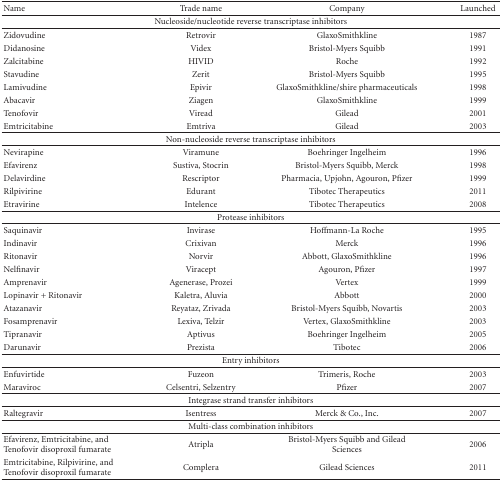
| Name | Trade name | Company | Launched |
 | --- | --- | --- | --- |
 | <COLSPAN=4> Nucleoside/nucleotide reverse transcriptase inhibitors |
 | Zidovudine | Retrovir | GlaxoSmithkline | 1987 |
 | Didanosine | Videx | Bristol-Myers Squibb | 1991 |
 | Zalcitabine | HIVID | Roche | 1992 |
 | Stavudine | Zerit | Bristol-Myers Squibb | 1995 |
 | Lamivudine | Epivir | GlaxoSmithkline/shire pharmaceuticals | 1998 |
 | Abacavir | Ziagen | GlaxoSmithkline | 1999 |
 | Tenofovir | Viread | Gilead | 2001 |
 | Emtricitabine | Emtriva | Gilead | 2003 |
 | <COLSPAN=4> Non-nucleoside reverse transcriptase inhibitors |
 | Nevirapine | Viramune | Boehringer Ingelheim | 1996 |
 | Efavirenz | Sustiva, Stocrin | Bristol-Myers Squibb, Merck | 1998 |
 | Delavirdine | Rescriptor | Pharmacia, Upjohn, Agouron, Pfizer | 1999 |
 | Rilpivirine | Edurant | Tibotec Therapeutics | 2011 |
 | Etravirine | Intelence | Tibotec Therapeutics | 2008 |
 | <COLSPAN=4> Protease inhibitors |
 | Saquinavir | Invirase | Hoffmann-La Roche | 1995 |
 | Indinavir | Crixivan | Merck | 1996 |
 | Ritonavir | Norvir | Abbott, GlaxoSmithkline | 1996 |
 | Nelfinavir | Viracept | Agouron, Pfizer | 1997 |
 | Amprenavir | Agenerase, Prozei | Vertex | 1999 |
 | Lopinavir + Ritonavir | Kaletra, Aluvia | Abbott | 2000 |
 | Atazanavir | Reyataz, Zrivada | Bristol-Myers Squibb, Novartis | 2003 |
 | Fosamprenavir | Lexiva, Telzir | Vertex, GlaxoSmithkline | 2003 |
 | Tipranavir | Aptivus | Boehringer Ingelheim | 2005 |
 | Darunavir | Prezista | Tibotec | 2006 |
 | <COLSPAN=4> Entry inhibitors |
 | Enfuvirtide | Fuzeon | Trimeris, Roche | 2003 |
 | Maraviroc | Celsentri, Selzentry | Pfizer | 2007 |
 | <COLSPAN=4> Integrase strand transfer inhibitors |
 | Raltegravir | Isentress | Merck & Co., Inc. | 2007 |
 | <COLSPAN=4> Multi-class combination inhibitors |
 | Efavirenz, Emtricitabine, and Tenofovir disoproxil fumarate | Atripla | Bristol-Myers Squibb and Gilead Sciences | 2006 |
 | Emtricitabine, Rilpivirine, and Tenofovir disoproxil fumarate | Complera | Gilead Sciences | 2011 |